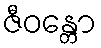
ဇီဝန္တော